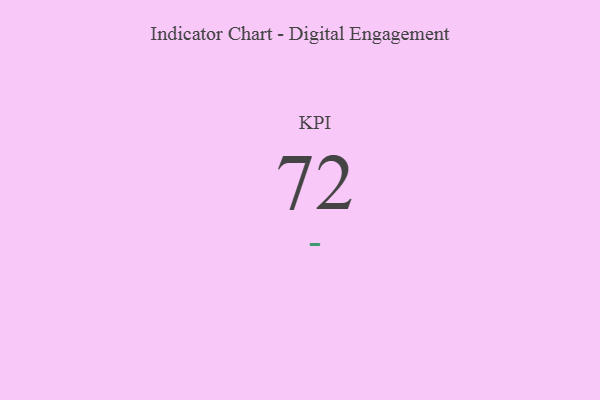
{"axis": {"x": "KPI", "y": "Value"}, "legend": [""], "data": [{"x": "KPI", "y": 72, "type": ""}]}